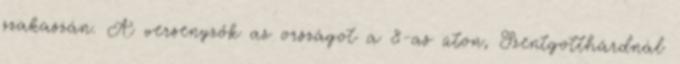
szakaszán. A versenyzők az országot a 8-as úton, Szentgotthárdnál